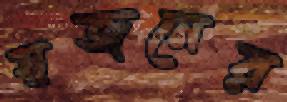
স্বজনের